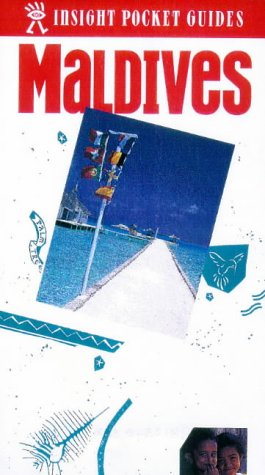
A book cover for Maldives Insight Pocket Guide; SHOO-YIN LIM; Travel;